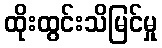
ထိုးထွင်းသိမြင်မှု